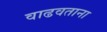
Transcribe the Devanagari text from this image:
वाढवताना